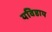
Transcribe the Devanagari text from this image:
यविष्ठाय